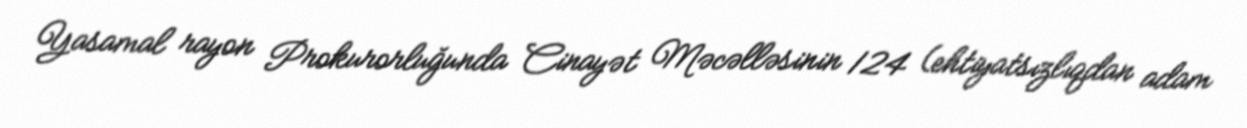
Yasamal rayon Prokurorluğunda Cinayət Məcəlləsinin 124 (ehtiyatsızlıqdan adam